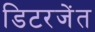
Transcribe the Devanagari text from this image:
डिटरजेंत